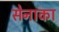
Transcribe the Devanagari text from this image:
सेनाका